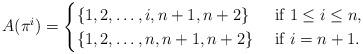
LaTeX: \begin{align*}A(\pi^i)=\begin{cases}\{1,2,\dots,i,n+1,n+2\} & \textrm{ if $1\le i \le n$,} \\\{1,2,\dots,n,n+1,n+2\} & \textrm{ if $i=n+1$.}\end{cases}\end{align*}